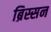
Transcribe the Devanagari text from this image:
ब्रिस्सन